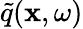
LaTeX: \widetilde{q}(\mathbf{x},\omega)